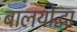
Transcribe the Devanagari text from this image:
बालयोद्धा